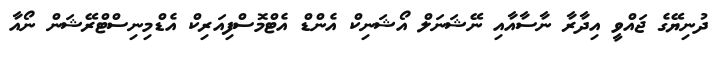
ދުނިޔޭގެ ޖައްވީ އިދާރާ ނާސާއާއި ނޭޝަނަލް އޯޝަނިކް އެންޑް އެޓްމޮސްފިއަރިކް އެޑްމިނިސްޓްރޭޝަން ނޯއާ